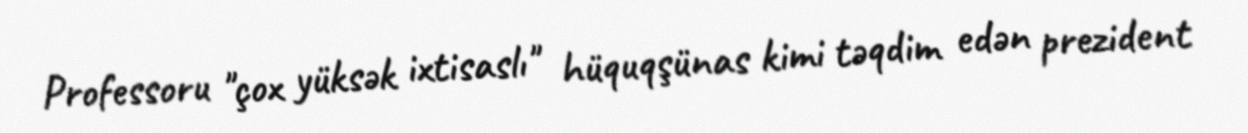
Professoru "çox yüksək ixtisaslı" hüquqşünas kimi təqdim edən prezident